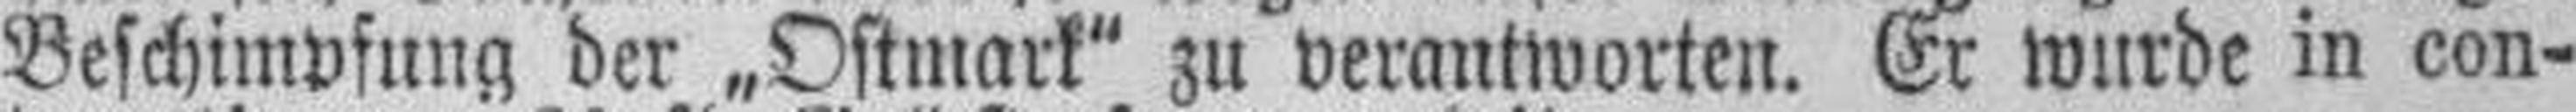
Beschimpfung der „Ostmark" zu verantworten. Er wurde in con¬